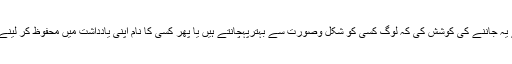
تحقیق کے دوران ماہرین نے یہ جاننے کی کوشش کی کہ لوگ کسی کو شکل وصورت سے بہترپہچانتے ہیں یا پھر کسی کا نام اپنی یادداشت میں محفوظ کر لینے سے اسے جلد پہچانتے ہیں؟